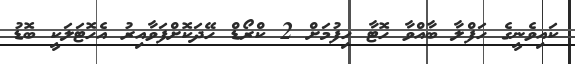
ކައިވެނީގެ ހަފްލާ ބާއްވާ ހޮޓާ ހިފުމަށް 2 ކްރޯޑް ހޭދަކޮށްފަވާއިރު އެހޮޓަލަކީ ބޮޑު